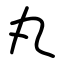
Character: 丸